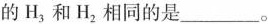
的H_{3}和H_{2}相同的是___。